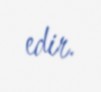
edir.